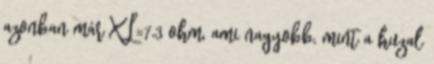
azonban már XL=7,3 ohm, ami nagyobb, mint a huzal